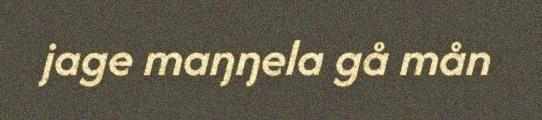
jage maŋŋela gå mån